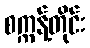
စက္ကန့်တိုင်း